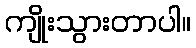
ကျိုးသွားတာပါ။